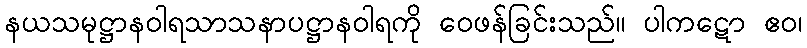
နယသမုဋ္ဌာနဝါရသာသနာပဋ္ဌာနဝါရကို ဝေဖန်ခြင်းသည်။ ပါကဋော ဧဝ၊